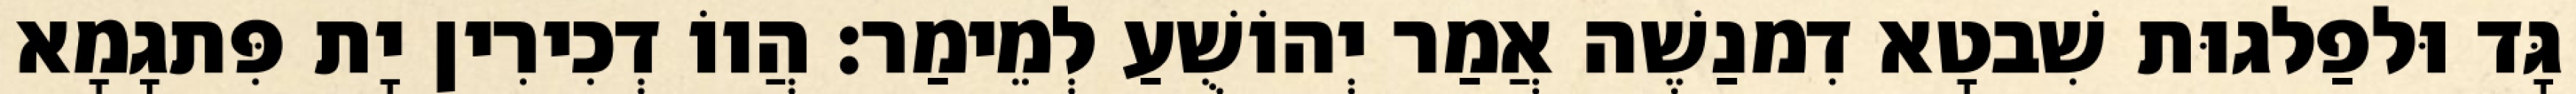
גָּד וּלפַלגוּת שִׁבטָא דִמנַשֶׁה אֲמַר יְהוֹשֻׁעַ לְמֵימַר׃ הֲווֹ דְכִירִין יָת פִּתגָמָא